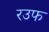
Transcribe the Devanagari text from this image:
रउफ